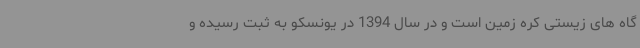
گاه های زیستی کره زمین است و در سال 1394 در یونسکو به ثبت رسیده و